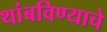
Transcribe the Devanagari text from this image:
थांबविण्याचे